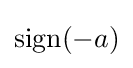
\operatorname {sign} (-a)